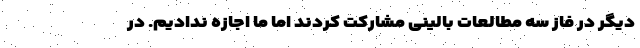
دیگر در فاز سه مطالعات بالینی مشارکت کردند اما ما اجازه ندادیم. در